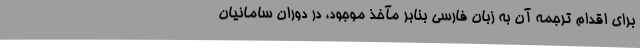
برای اقدام ترجمه آن به زبان فارسی بنابر مآخذ موجود، در دوران سامانیان